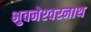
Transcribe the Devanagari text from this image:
भुवनेश्‍वरनाथ